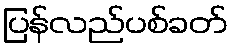
ပြန်လည်ပစ်ခတ်